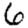
Digit: 6